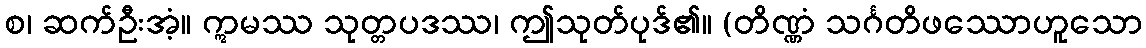
စ၊ ဆက်ဦးအံ့။ ဣမဿ သုတ္တပဒဿ၊ ဤသုတ်ပုဒ်၏။ (တိဏ္ဏံ သင်္ဂတိဖဿောဟူသော